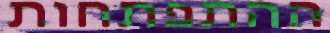
ההתפתחות